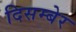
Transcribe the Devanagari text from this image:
दिसम्बेर